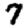
Digit: 7